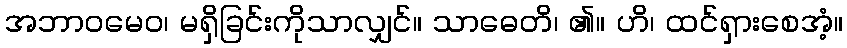
အဘာဝမေဝ၊ မရှိခြင်းကိုသာလျှင်။ သာဓေတိ၊ ၏။ ဟိ၊ ထင်ရှားစေအံ့။